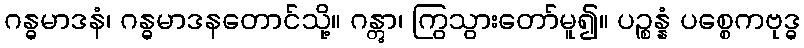
ဂန္ဓမာဒနံ၊ ဂန္ဓမာဒနတောင်သို့။ ဂန္တွာ၊ ကြွသွားတော်မူ၍။ ပဉ္စန္နံ ပစ္စေကဗုဒ္ဓ